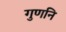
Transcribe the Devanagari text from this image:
गुणनि